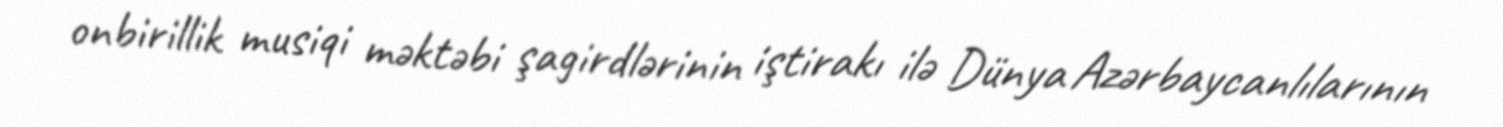
оnbirillik musiqi məktəbi şagirdlərinin iştirakı ilə Dünya Azərbaycanlılarının